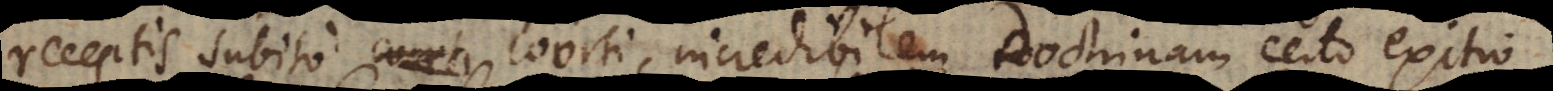
receptis subito coorti, incredibilem Doctrinam certo exitio